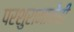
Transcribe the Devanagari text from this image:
परशुरामानेही